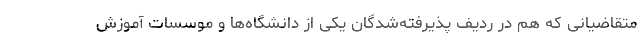
متقاضیانی که هم در ردیف پذیرفته‌شدگان یکی از دانشگاه‌ها و موسسات آموزش